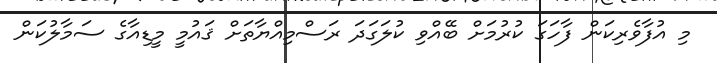
މި އުފާވެރިކަން ފާހަގަ ކުރުމަށް ބޭއްވި ކުލަގަދަ ރަސްމިއްޔާތަށް ޤައުމީ މީޑިއާގެ ސަމާލުކަން